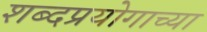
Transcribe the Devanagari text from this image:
शब्दप्रयोगाच्या